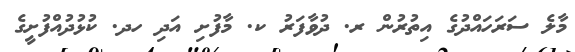
މާލެ ސަރަހައްދުގެ އިތުރުން ރ. ދުވާފަރު ކ. މާފުށި އަދި ހދ. ކުޅުދުއްފުށީގެ